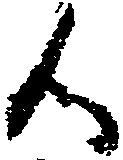
候